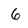
Character: 6